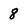
Character: 8